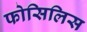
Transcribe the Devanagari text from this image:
फोसिलिस